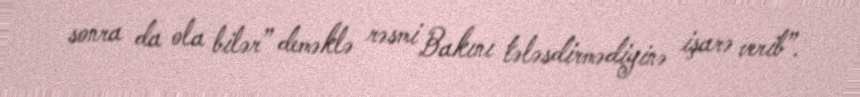
sonra da ola bilər” deməklə rəsmi Bakını tələsdirmədiyinə işarə verib”.